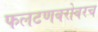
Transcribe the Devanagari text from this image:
फलटणबरोबरच